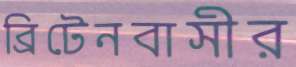
ব্রিটেনবাসীর